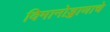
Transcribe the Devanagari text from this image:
विमानोड्डाणाचे